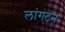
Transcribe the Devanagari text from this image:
लांगटन